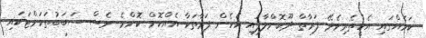
ކަމެއްގައި އެހީތެރިވެދޭ ފަރާތް ދޫކޮށްލާފައި އެހެން ފަރާތަކާ އެއްކޮށް ކޮންމެ ވެސް ސަބަބުތަކަށްޓަކައި